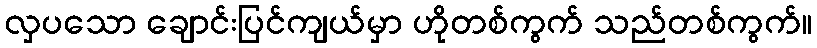
လှပသော ချောင်းပြင်ကျယ်မှာ ဟိုတစ်ကွက် သည်တစ်ကွက်။